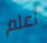
أعلم